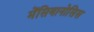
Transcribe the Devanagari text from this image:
मेंसियानोसिस